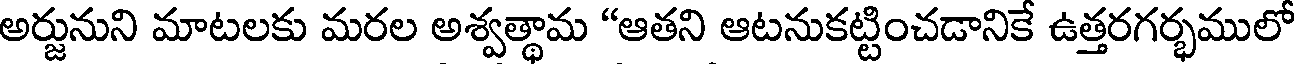
అర్జునుని మాటలకు మరల అశ్వత్థామ "ఆతని ఆటనుకట్టించడానికే ఉత్తరగర్భములో